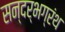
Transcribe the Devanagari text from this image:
सन्दर्भग्रंथ